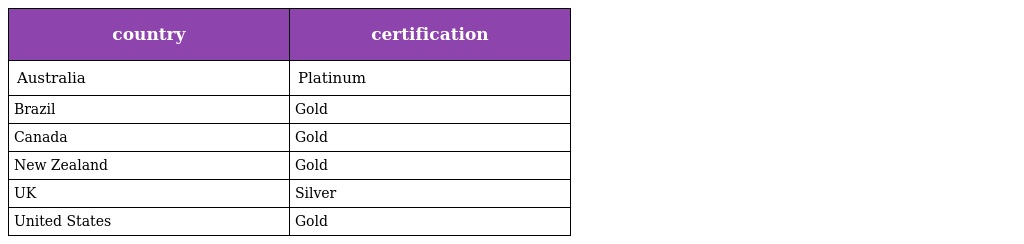
| country | certification |
 | --- | --- |
 | Australia | Platinum |
 | Brazil | Gold |
 | Canada | Gold |
 | New Zealand | Gold |
 | UK | Silver |
 | United States | Gold |